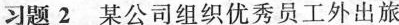
习题2某公司组织优秀员工外出旅